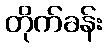
တိုက်ခန်း